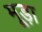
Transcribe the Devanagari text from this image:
मूड़ा